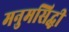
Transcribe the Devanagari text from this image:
मनुमसिद्धी